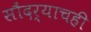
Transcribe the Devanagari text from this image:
सौंदर्याचही